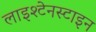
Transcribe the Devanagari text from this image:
लाइश्टेनस्टाइन